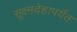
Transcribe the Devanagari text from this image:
सूक्ष्मदेहापर्यंत